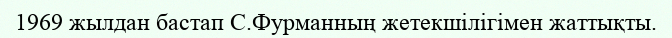
1969 жылдан бастап С.Фурманның жетекшілігімен жаттықты.